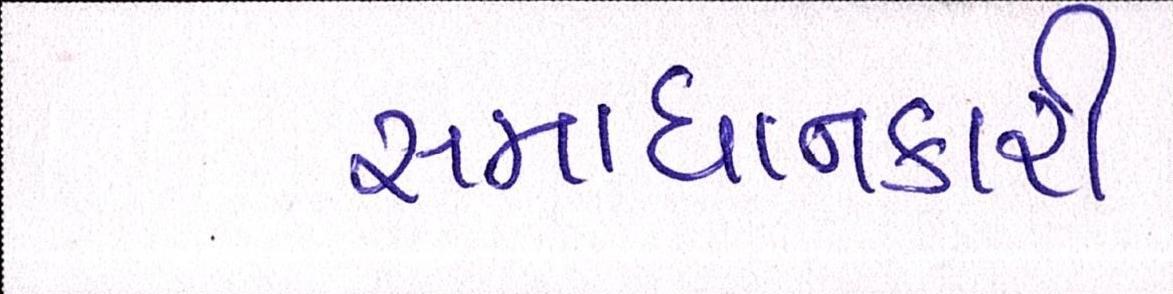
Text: સમાધાનકારી